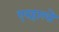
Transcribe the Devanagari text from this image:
एरहाल्ते